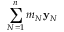
\sum _ { N = 1 } ^ { n } m _ { N } { \bf y } _ { N }